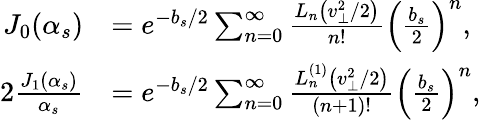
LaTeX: \begin{array}{rl}{J_{0}(\alpha_{s})}&{=e^{-b_{s}/2}\sum_{n=0}^{\infty}\frac{L_{n}\left(v_{\perp}^{2}/2\right)}{n\mathrm{!}}\left(\frac{b_{s}}{2}\right)^{n},}\\ {2\frac{J_{1}(\alpha_{s})}{\alpha_{s}}}&{=e^{-b_{s}/2}\sum_{n=0}^{\infty}\frac{L_{n}^{(1)}\left(v_{\perp}^{2}/2\right)}{(n+1)\mathrm{!}}\left(\frac{b_{s}}{2}\right)^{n},}\end{array}